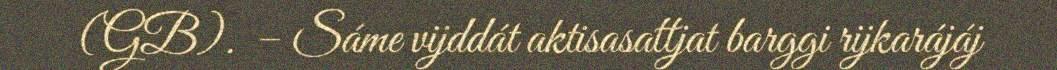
(GB). ​ – Sáme vijddát aktisasattjat barggi rijkarájáj